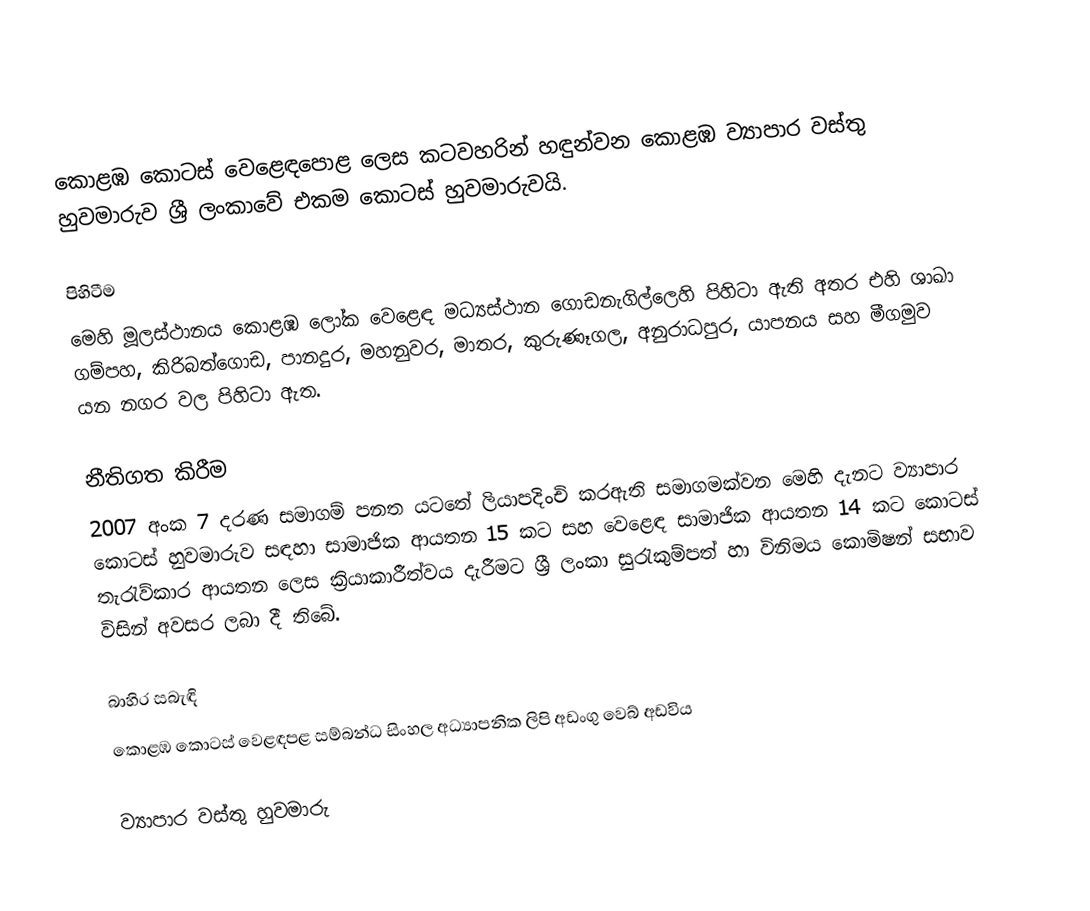
කොළඹ කොටස් වෙළෙඳපොළ ලෙස කටවහරින් හඳුන්වන කොළඹ ව්‍යාපාර වස්තු හුවමාරුව ශ්‍රී ලංකාවේ එකම කොටස් හුවමාරුවයි.

පිහිටීම
මෙහි මූලස්ථානය කොළඹ ලෝක වෙළෙඳ මධ්‍යස්ථාන ගොඩනැගිල්ලෙහි පිහිටා ඇති අතර එහි ශාඛා ගම්පහ​, කිරිබත්ගොඩ​, පානදුර​, මහනුවර, මාතර, කුරුණෑගල, අනුරාධපුර​, යාපනය සහ මීගමුව යන නගර වල පිහිටා ඇත.

නීතිගත කිරීම
2007 අංක 7 දරණ සමාගම් පනත යටතේ ලියාපදිංචි කරඇති සමාගමක්වන මෙහි දැනට ව්‍යාපාර කොටස් හුවමාරුව සඳහා සාමාජික ආයතන 15 කට සහ වෙළෙඳ සාමාජික ආයතන 14 කට කොටස් තැ‍රැව්කාර ආයතන ලෙස ක්‍රියාකාරීත්වය දැරීමට ශ්‍රී ලංකා සු‍රැකුම්පත් හා විනිමය කොමිෂන් සභාව විසින් අවසර ලබා දී තිබේ.

බාහිර සබැඳි
 කොළඹ කොටස් වෙළඳපළ සම්බන්ධ සිංහල අධ්‍යාපනික ලිපි අඩංගු වෙබ් අඩවිය

ව්‍යාපාර වස්තු හුවමාරු